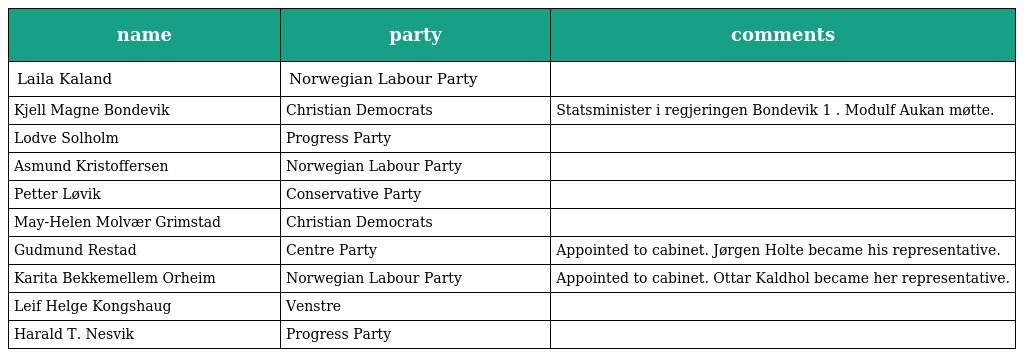
| name | party | comments |
 | --- | --- | --- |
 | Laila Kaland | Norwegian Labour Party |  |
 | Kjell Magne Bondevik | Christian Democrats | Statsminister i regjeringen Bondevik 1 . Modulf Aukan møtte. |
 | Lodve Solholm | Progress Party |  |
 | Asmund Kristoffersen | Norwegian Labour Party |  |
 | Petter Løvik | Conservative Party |  |
 | May-Helen Molvær Grimstad | Christian Democrats |  |
 | Gudmund Restad | Centre Party | Appointed to cabinet. Jørgen Holte became his representative. |
 | Karita Bekkemellem Orheim | Norwegian Labour Party | Appointed to cabinet. Ottar Kaldhol became her representative. |
 | Leif Helge Kongshaug | Venstre |  |
 | Harald T. Nesvik | Progress Party |  |